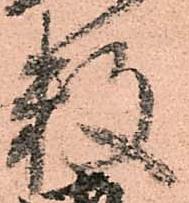
数